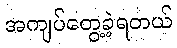
အကျပ်တွေ့ခဲ့ရတယ်